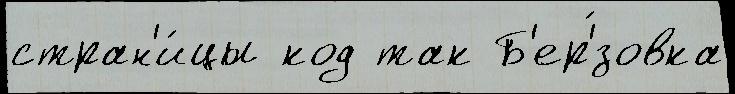
стран'и́цы код так Б'ер'́зовка